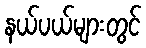
နယ်ပယ်များတွင်